Leaving Certificate Examination (including Day School Certificate (Higher) General paper), 1934
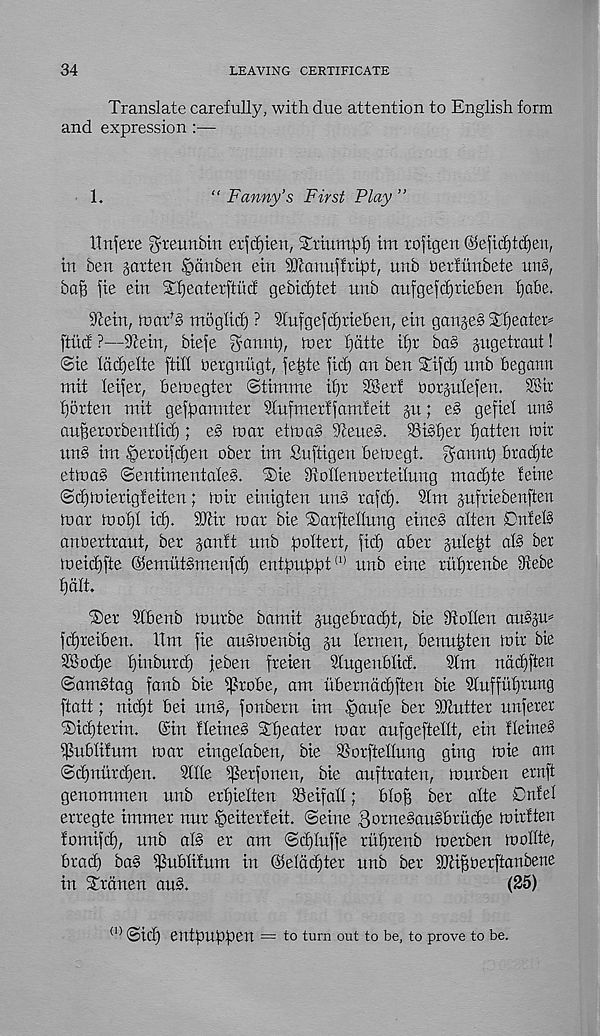
34
LEAVING CERTIFICATE
Translate carefully, with due attention to English form
and expression :—
1.
“ Fanny’s First Play ”
Hnfere ^rennbin etfdjien, Xriumpf) xm rofigexx ©efidjtdjen,
itt ben gotten Ipanben ein iOtanuffript, unb Detfiinbete uns,
bop fie etn Xfjeatetftiicf gebidjtet unb oufgefcptieben fjabe.
Stein, toat’b mogltd) ? Sfufgefcfjtteben, etn ganger Tf)eatet=
ftixtf ?—Stein, biefe gaunt), tner petite ipr ba§ gugetrant!
@ie Icicpelte ftih uergnitgt, fepte fid) an ben STifcp nnb begann
mit leifer, betuegter (Stirnme ipt SBerf borgufefen. ?8ir
porten mit gefpannter Sfnfmerffamfeit gn; e§ gefiel un§
anperorbentlitp; e§ mat etma§ Steue§. ®i§pet patten mit
un§ im Ipetoifrpeu obet im Suftigen bemegi gannp braepte
etma§ ©entimentaleS. ®ie Sxonenbetteilung maepte feine
©cpmietigfeitcn; mir einigten un§ tafep. 2fm guftiebenften
mat mopt id). SOtit mat bie , S)atfteflung eine§ often On!ef§
anbettraut, bet ganft unb poftett, ficp abet gufept af§ bet
meicpfte @emut§menfcp entpuppt (1) unb erne tuptenbe Stebe
paft.
®et Sfbenb mutbe bamit gugebtad)t, bie St often au^gm
fepteiben. 11m fie aubmenbig gu fetnen, benupten mit bie
SBocpe piubutep feben fteien Sfugeubfid.
Sfm naepften
©am§tag fanb bie if?tobe, am uberndepften bie Sfuffuptung
ftatt; niept bei unb, fonbern im ipaufe bet SJtuttet unferet
®icptetin. (Sin ffeineb Tpeatet mat aufgefteflt, ein ffeineb
^ubfifum mat eingefaben, bie SSotfteffung ging mie am
©cpnutcpen.
Sfffe i^etfonen, bie auftraten, mutben etnft
genommen unb etpieften Seifaff; bfop bet afte Dnfef
ertegte immet nut ipeitetfeit. (Seine gotnebaubbtuepe mitften
fomifep, unb alb et am ©cpfuffe rxiptenb metben moffte,
btadp bob ipubfitum in ©efdcptet unb bet Sltipoetftanbene
in Sttdnen aub.
(25)
(1) <Sicp entpUppen = to turn out to be, to prove to be.